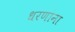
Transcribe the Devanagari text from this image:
धरणांना